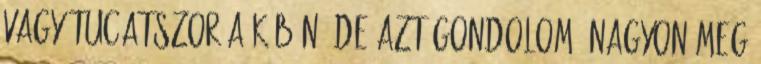
vagy tucatszor a köbön, de azt gondolom, nagyon meg